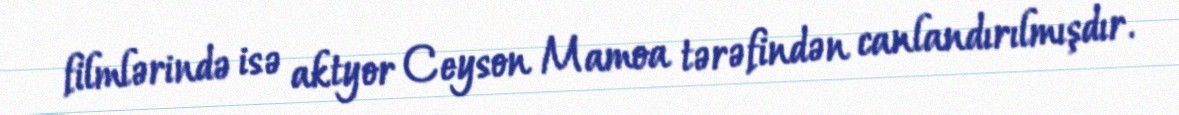
filmlərində isə aktyor Ceyson Mamoa tərəfindən canlandırılmışdır.